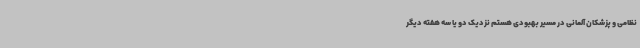
نظامی و پزشکان آلمانی در مسیر بهبودی هستم نزدیک دو یا سه هفته دیگر